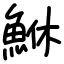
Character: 鮴